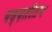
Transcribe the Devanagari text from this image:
पध्दतीतच